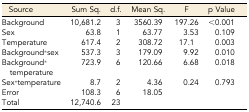
<table><thead><tr><td><b>Source</b></td><td><b>Sum Sq.</b></td><td><b>d.f.</b></td><td><b>Mean Sq.</b></td><td><b>F</b></td><td><b>p Value</b></td></tr></thead><tbody><tr><td>Background</td><td>10,681.2</td><td>3</td><td>3560.39</td><td>197.26</td><td>&lt;0.001</td></tr><tr><td>Sex</td><td>63.8</td><td>1</td><td>63.77</td><td>3.53</td><td>0.109</td></tr><tr><td>Temperature</td><td>617.4</td><td>2</td><td>308.72</td><td>17.1</td><td>0.003</td></tr><tr><td>Background*sex</td><td>537.3</td><td>3</td><td>179.09</td><td>9.92</td><td>0.010</td></tr><tr><td>Background*temperature</td><td>723.9</td><td>6</td><td>120.66</td><td>6.68</td><td>0.018</td></tr><tr><td>Sex*temperature</td><td>8.7</td><td>2</td><td>4.36</td><td>0.24</td><td>0.793</td></tr><tr><td>Error</td><td>108.3</td><td>6</td><td>18.05</td><td></td><td></td></tr><tr><td>Total</td><td>12,740.6</td><td>23</td><td></td><td></td><td></td></tr></tbody></table>